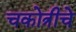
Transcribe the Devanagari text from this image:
चकोत्रीचे